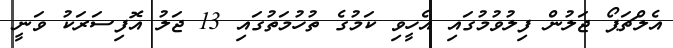
އެލްޗަޕޯ ޖަލުން ފިލުވުމުގައި އެހީވި ކަމުގެ ތުހުމަތުގައި 13 ޖަލު އޮފިސަރަކު ވަނީ